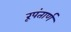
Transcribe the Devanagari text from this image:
रूपंतार्ण